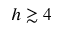
h \gtrsim 4